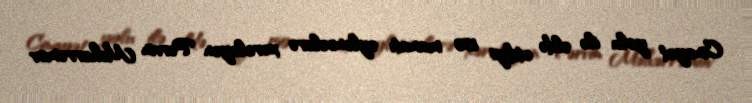
Cinayət yolu ilə əldə etdiyi 150 manatı əyləncələrə xərcləyən Pərvin Məhərrəmov